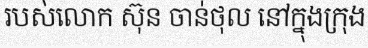
របស់លោក ស៊ុន ចាន់ថុល នៅក្នុងក្រុង